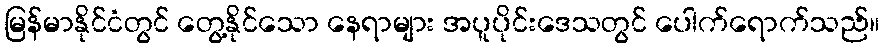
မြန်မာနိုင်ငံတွင် တွေ့နိုင်သော နေရာများ အပူပိုင်းဒေသတွင် ပေါက်ရောက်သည်။